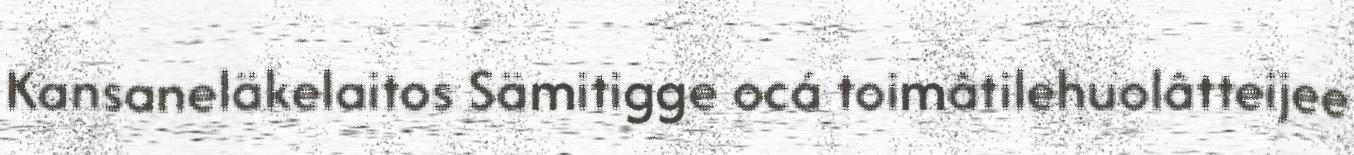
Kansaneläkelaitos Sämitigge ocá toimâtilehuolâtteijee